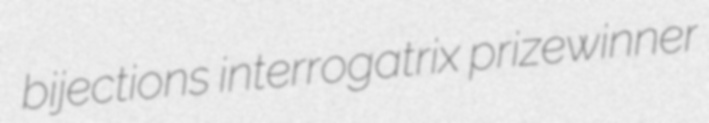
bijections interrogatrix prizewinner